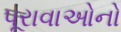
પૂરાવાઓનો